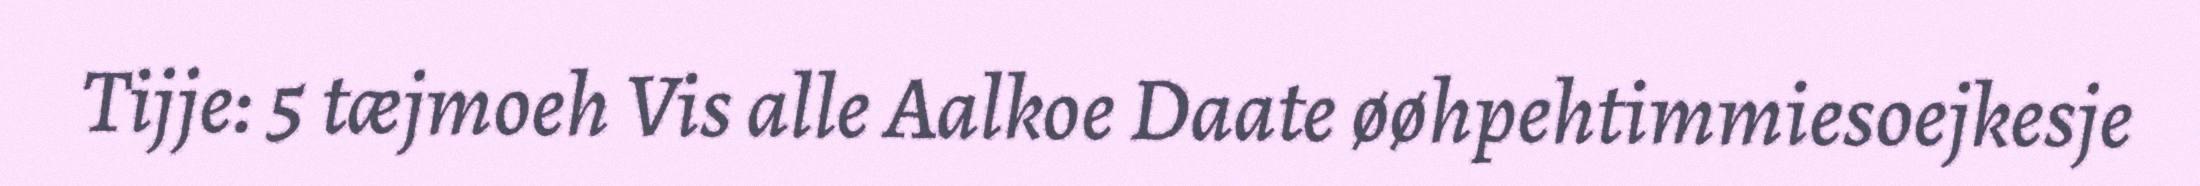
Tijje: 5 tæjmoeh Vis alle Aalkoe Daate øøhpehtimmiesoejkesje